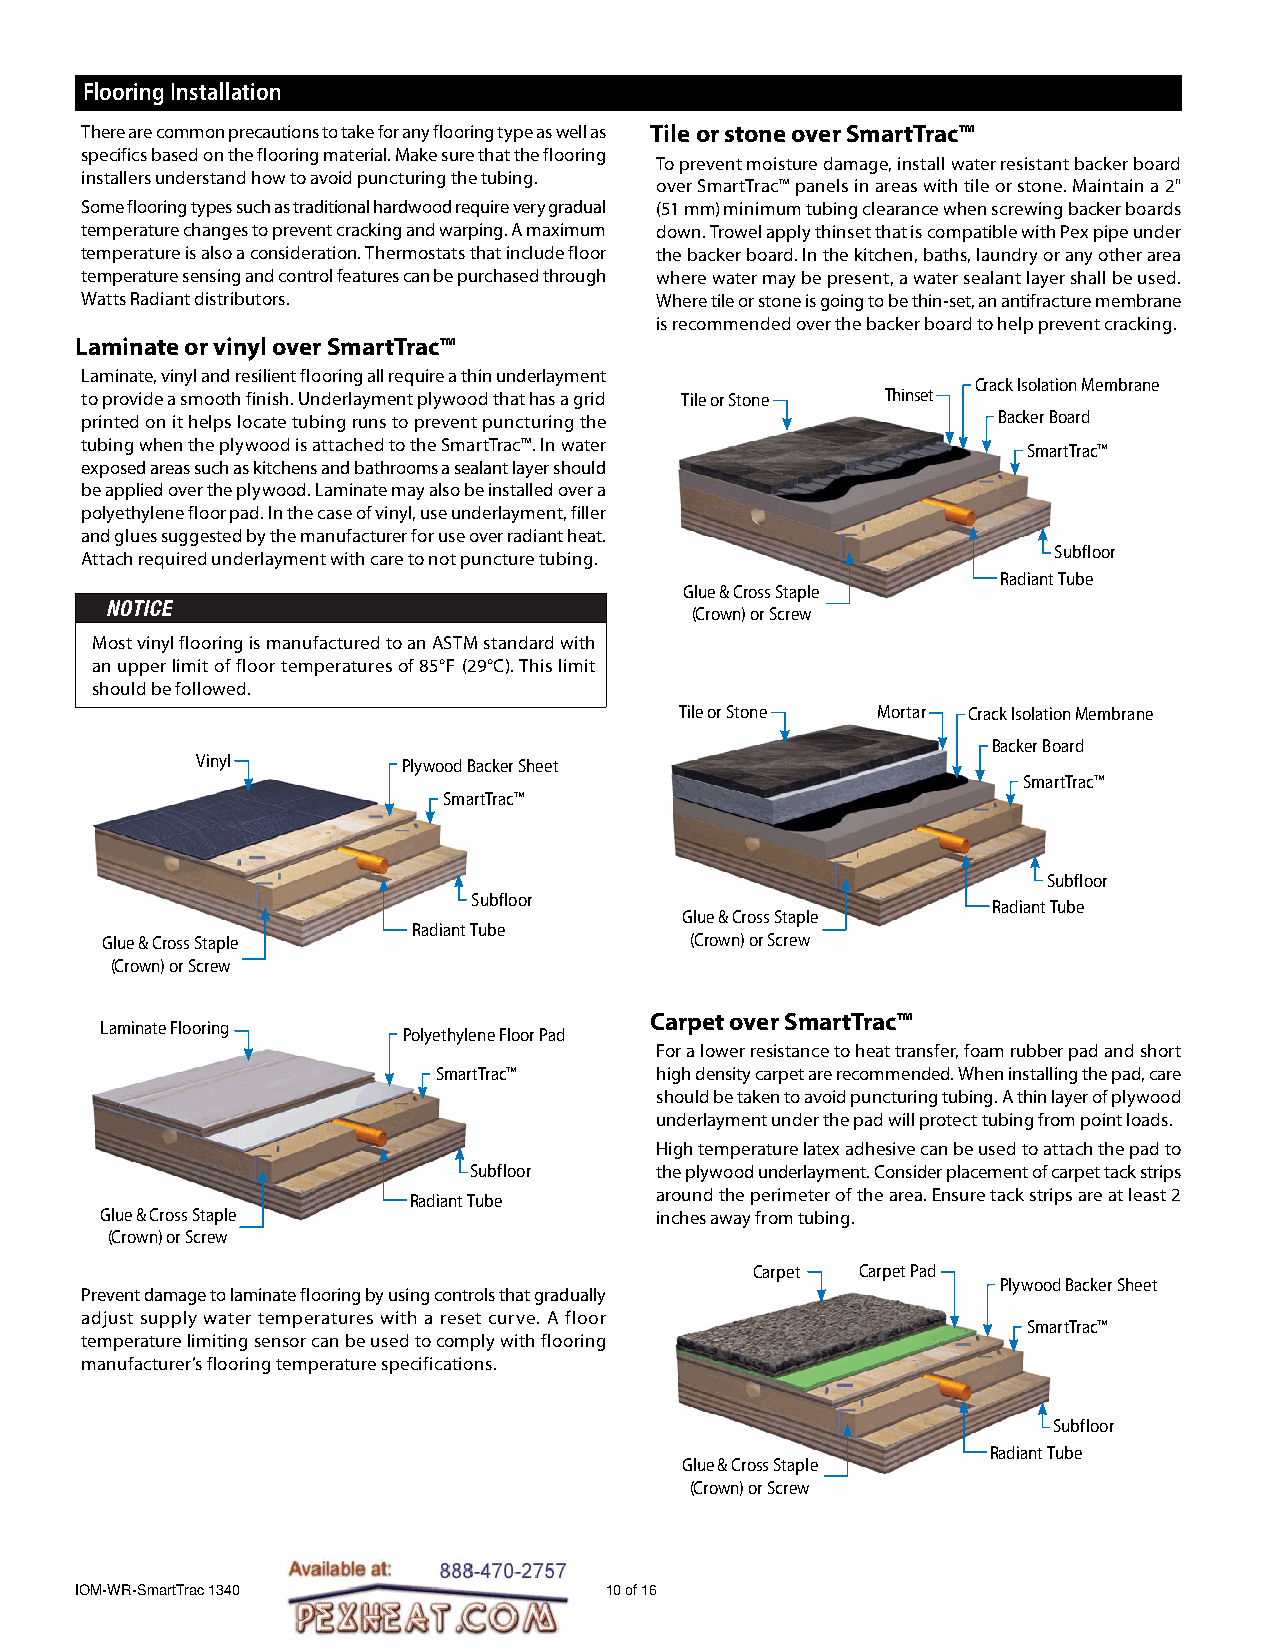
Flooring Installation
 There are common precautions to take for any flooring type as well as Tile or stone over SmartTrac™
 specifics based on the flooring material. Make sure that the flooring
 To prevent moisture damage, install water resistant backer board
 installers understand how to avoid puncturing the tubing.
 over SmartTrac™ panels in areas with tile or stone. Maintain a 2"
 Some flooring types such as traditional hardwood require very gradual (51 mm) minimum tubing clearance when screwing backer boards
 temperature changes to prevent cracking and warping. A maximum down. Trowel apply thinset that is compatible with Pex pipe under
 temperature is also a consideration. Thermostats that include floor the backer board. In the kitchen, baths, laundry or any other area
 temperature sensing and control features can be purchased through where water may be present, a water sealant layer shall be used.
 Watts Radiant distributors.           Where tile or stone is going to be thin-set, an antifracture membrane
 is recommended over the backer board to help prevent cracking.
 Laminate or vinyl over SmartTrac™
 Laminate, vinyl and resilient flooring all require a thin underlayment
 Crack Isolation Membrane
 to provide a smooth finish. Underlayment plywood that has a grid Tile or Stone Thinset
 printed on it helps locate tubing runs to prevent puncturing the Backer Board
 tubing when the plywood is attached to the SmartTrac™. In water
 SmartTrac™
 exposed areas such as kitchens and bathrooms a sealant layer should
 be applied over the plywood. Laminate may also be installed over a
 polyethylene floor pad. In the case of vinyl, use underlayment, filler
 and glues suggested by the manufacturer for use over radiant heat.
 Subfloor
 Attach required underlayment with care to not puncture tubing.
 Radiant Tube
 Glue & Cross Staple
 (Crown) or Screw
 Most vinyl flooring is manufactured to an ASTM standard with
 an upper limit of floor temperatures of 85°F (29°C). This limit
 should be followed.
 Tile or Stone Mortar Crack Isolation Membrane
 Backer Board
 Vinyl         Plywood Backer Sheet
 SmartTrac™
 SmartTrac™
 Subfloor
 Subfloor
 Radiant Tube
 Glue & Cross Staple
 Radiant Tube
 Glue & Cross Staple                    (Crown) or Screw
 (Crown) or Screw
 Carpet over SmartTrac™
 Laminate Flooring
 Polyethylene Floor Pad
 For a lower resistance to heat transfer, foam rubber pad and short
 SmartTrac™    high density carpet are recommended. When installing the pad, care
 should be taken to avoid puncturing tubing. A thin layer of plywood
 underlayment under the pad will protect tubing from point loads.
 High temperature latex adhesive can be used to attach the pad to
 Subfloor    the plywood underlayment. Consider placement of carpet tack strips
 Radiant Tube    around the perimeter of the area. Ensure tack strips are at least 2
 Glue & Cross Staple                 inches away from tubing.
 (Crown) or Screw
 Carpet Carpet Pad
 Plywood Backer Sheet
 Prevent damage to laminate flooring by using controls that gradually
 adjust supply water temperatures with a reset curve. A floor
 SmartTrac™
 temperature limiting sensor can be used to comply with flooring
 manufacturer’s flooring temperature specifications.
 Subfloor
 Radiant Tube
 Glue & Cross Staple
 (Crown) or Screw
 IOM-WR-SmartTrac 1340              10 of 16